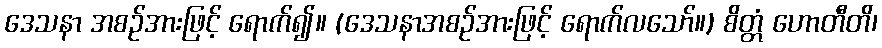
ဒေသနာ အစဉ်အားဖြင့် ရောက်၍။ (ဒေသနာအစဉ်အားဖြင့် ရောက်လသော်။) စိတ္တံ ဟောတီတိ၊